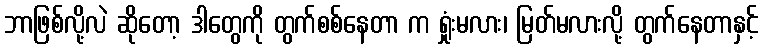
ဘာဖြစ်လို့လဲ ဆိုတော့ ဒါတွေကို တွက်စစ်နေတာ က ရှုံးမလား၊ မြတ်မလားလို့ တွက်နေတာနှင့်